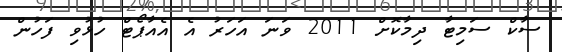
ސާކް ސަމިޓާ ދިމާކޮށް 2011 ވަނަ އަހަރު އެ އެއާޕޯޓް ހުޅުވި ފަހުން